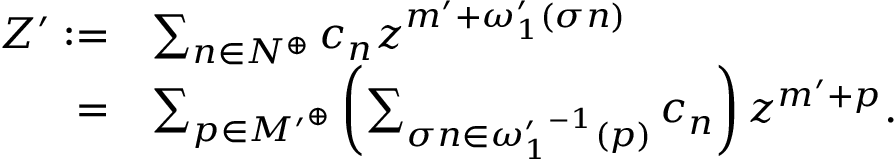
\begin{array} { r l } { Z ^ { \prime } : = } & { \sum _ { n \in N ^ { \oplus } } c _ { n } z ^ { m ^ { \prime } + \omega _ { 1 } ^ { \prime } ( \sigma n ) } } \\ { = } & { \sum _ { p \in { M ^ { \prime } } ^ { \oplus } } \left( \sum _ { \sigma n \in { \omega _ { 1 } ^ { \prime } } ^ { - 1 } ( p ) } c _ { n } \right) z ^ { m ^ { \prime } + p } . } \end{array}